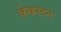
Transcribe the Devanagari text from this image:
केकस्टन